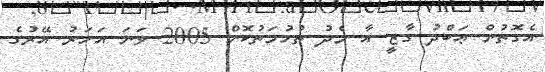
އެގޮތުން ޢަބްދު ގާޒީ އާ މެދު ތުހުމަތުކޮށް 2005 ވަނަ އަހަރު އޭރުގެ